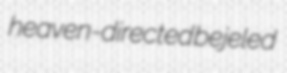
heaven-directed bejeled